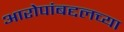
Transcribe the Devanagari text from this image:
आरोपांबद्दलच्या